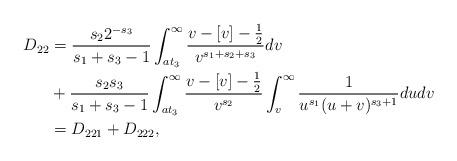
LaTeX: \begin{align*}D_{22} &= \frac{s_2 2^{-s_3}}{s_1+s_3-1} \int_{at_3}^\infty \frac{v-[v]-\frac{1}{2}}{v^{s_1+s_2+s_3}} dv \\&+ \frac{s_2 s_3}{s_1+s_3-1} \int_{at_3}^\infty \frac{v-[v]-\frac{1}{2}}{v^{s_2}} \int_v^\infty \frac{1}{u^{s_1} (u+v)^{s_3+1}} dudv \\&= D_{221}+D_{222},\end{align*}